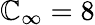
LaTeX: \mathbb{C}_{\infty}=8